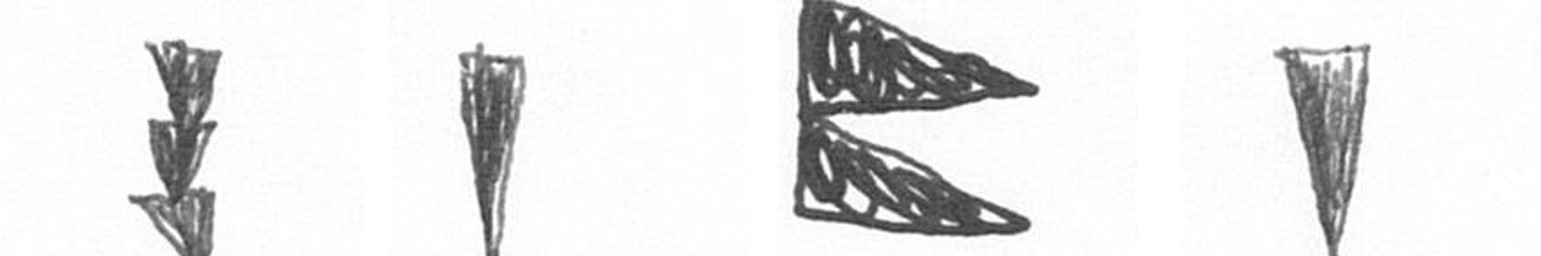
E J P J